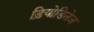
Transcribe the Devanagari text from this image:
ड़ियोडिनेज